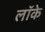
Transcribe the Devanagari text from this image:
लाॅके